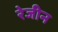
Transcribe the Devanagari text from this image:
रेजीन